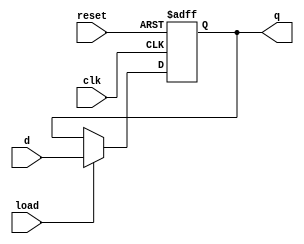
module regr2 
#(parameter N=4,
  BIT0=1,
  BIT1=1)
(input wire load,
 input wire clk,
 input wire reset,
 input wire [N-1:0]d,
 output wire [N-1:0] q

	
);


always @(posedge clk or posedge reset)
if (reset) begin
	q[N-1:2]<=0;
	q[0]<=BIT0;
	q[1]<=BIT1;
end
else if (load)
	q<=d;
endmodule